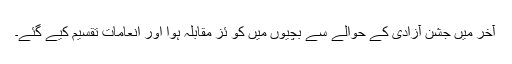
آخر میں جشن آزادی کے حوالے سے بچیوں میں کو ئز مقابلہ ہوا اور انعامات تقسیم کیے گئے۔